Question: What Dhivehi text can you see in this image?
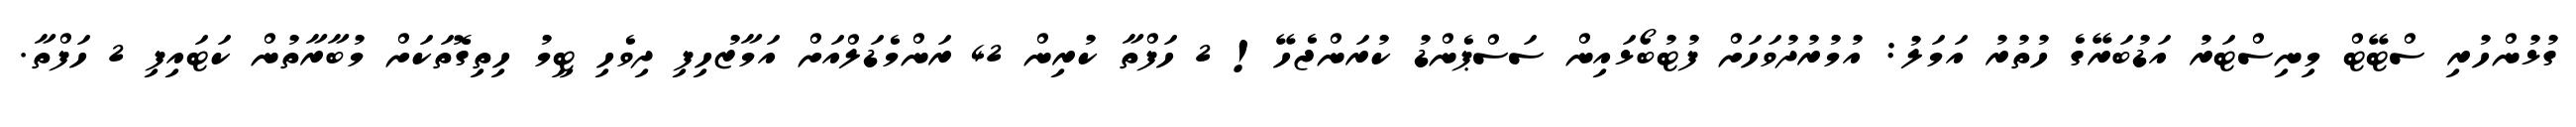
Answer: ގުޅުންހުރި ސްޓޭޓް މިނިސްޓަރު އަޑުބަރޭގެ ހުތުރު އަމަލު: އުމުރުދުވަހަށް ފުޓުބޯޅައިން ސަސްޕެންޑު ކުރަންޖެހޭ! 2 ހަފްތާ ކުރިން 42 ރަންމެޑަލްއަށް އަމާޒުހިފި ދިވެހި ޓީމު ހިތިގޮތަކަށް މުބާރާތުން ކަޓައިފި 2 ހަފްތާ.